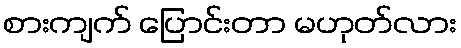
စားကျက် ပြောင်းတာ မဟုတ်လား